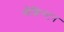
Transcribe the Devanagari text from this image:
वौशिन्ग्टन